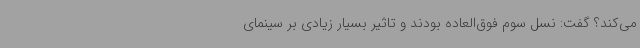
می‌کند؟ گفت: نسل سوم فوق‌العاده بودند و تاثیر بسیار زیادی بر سینمای